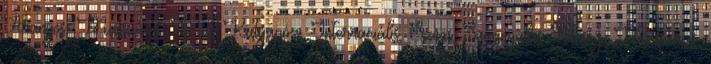
Aranyos, Masszázs, Milf Kutyapóz, Interraciális, Szexi, Seggnyalás Feleség, Masszázs,